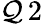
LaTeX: \mathcal{Q}\, 2